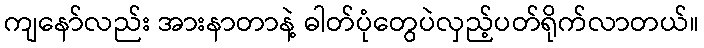
ကျနော်လည်း အားနာတာနဲ့ ဓါတ်ပုံတွေပဲလှည့်ပတ်ရိုက်လာတယ်။